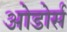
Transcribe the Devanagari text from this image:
ओडोर्स